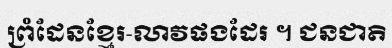
ព្រំដែនខ្មែរ-លាវផងដែរ ។ ជនជាតិ